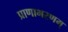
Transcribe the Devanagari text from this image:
प्राणाभरणम्‌